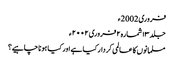
فروری 2002ء
جلد ۱۳ شمارہ۲ فروری ۲۰۰۲ء
مسلمانوں کا عالمی کردار کیا ہے اور کیا ہونا چاہیے؟